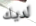
لديك